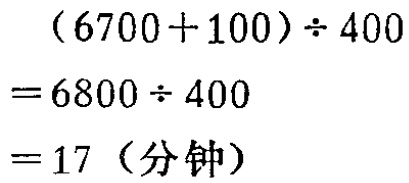
\[

\begin{align*}

&(6700 + 100)\div400\\

=&6800\div400\\

=&17（分钟）

\end{align*}

\]